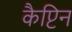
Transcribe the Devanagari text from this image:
कैप्टिन